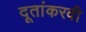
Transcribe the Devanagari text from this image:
दूतांकरवी